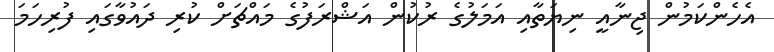
އެހެންކަމުން ޖިނާއީ ނިޔަތާއި އަމަލުގެ ރުކުން އަޝްރަފުގެ މައްޗަށް ކުރި ދައުވާގައި ފުރިހަމަ